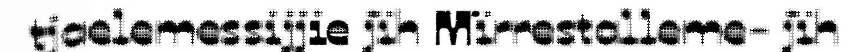
tjaelemessijjie jïh Mïrrestalleme- jïh